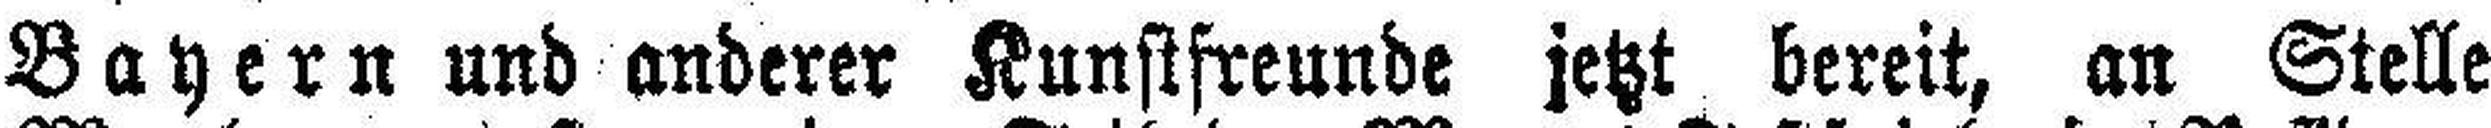
Bayern und anderer Kunstfreunde jetzt bereit, an Stelle